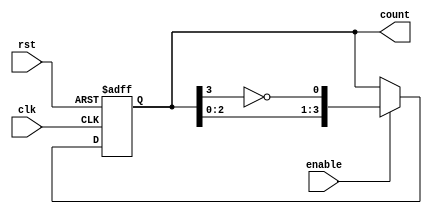
module johnson_counter (
    input wire clk,         // Clock input
    input wire rst,         // Reset input
    input wire enable,      // Enable signal
    output reg [N-1:0] count // Counter output
);
    parameter N = 4; // Number of flip-flops

    // Sequential logic for the Johnson counter
    always @(posedge clk or posedge rst) begin
        if (rst) begin
            count <= 0; // Initialize counter to 0 on reset
        end else if (enable) begin
            // Johnson counter logic
            count <= {count[N-2:0], ~count[N-1]}; // Shift and invert
        end
        // If enable is low, retain the current state
    end
endmodule